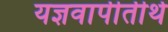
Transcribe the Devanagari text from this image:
यज्ञवापीतीर्थ